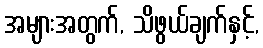
အများအတွက်, သိဖွယ်ချက်နှင့်,